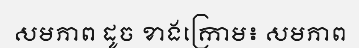
សមភាព ដូច ខាងក្រោម៖ សមភាព